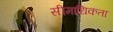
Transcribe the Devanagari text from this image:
सीमाधिकता